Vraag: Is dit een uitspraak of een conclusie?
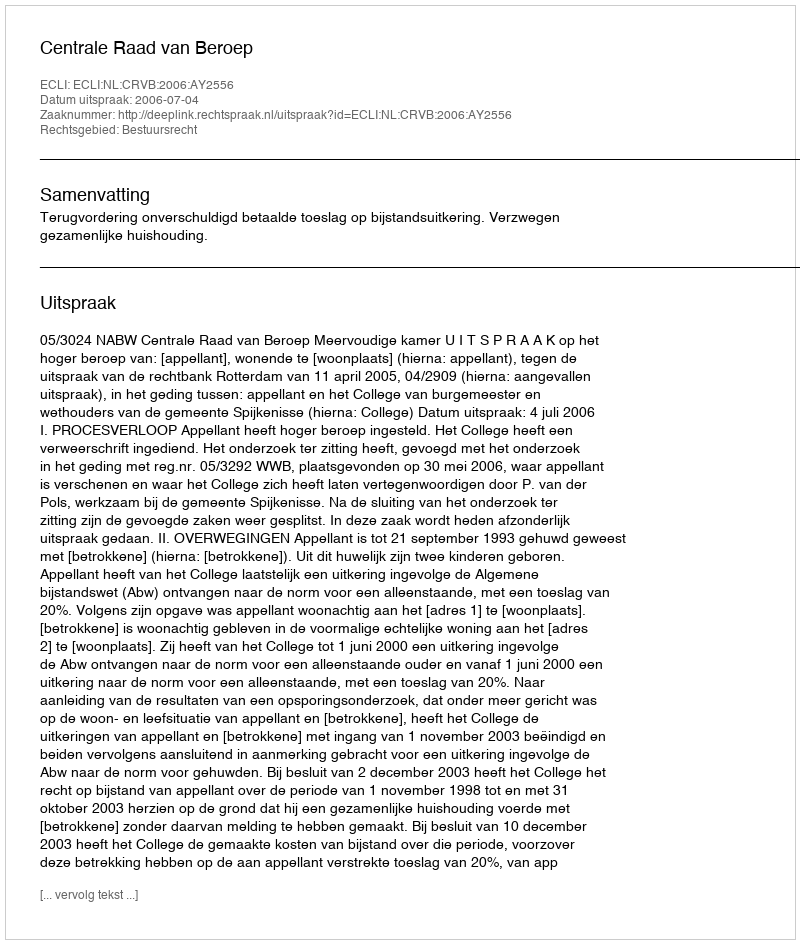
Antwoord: Uitspraak